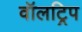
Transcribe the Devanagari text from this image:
वॉलट्रिप